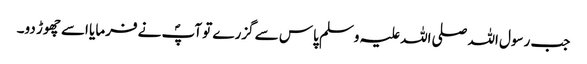
جب رسول اللہ صلی اللہ علیہ وسلم پاس سے گزرے تو آپؐ نے فرمایا اسے چھوڑ دو۔